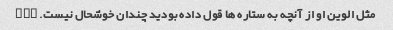
مثل الوین او از آنچه به ستاره ها قول داده بودید چندان خوشحال نیست. com